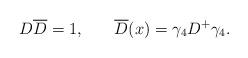
LaTeX: \begin{align*}D\overline{D}=1 ,\hspace{0.3in}\overline{D}(x)=\gamma_4D^{+}\gamma _4 .\end{align*}